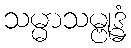
သမ္မာသမ္ဗုဒ္ဓံ